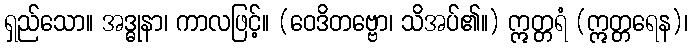
ရှည်သော။ အဒ္ဓုနာ၊ ကာလဖြင့်။ (ဝေဒိတဗ္ဗော၊ သိအပ်၏။) ဣတ္တရံ (ဣတ္တရေန)၊